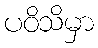
ပဝိသိမှာ